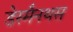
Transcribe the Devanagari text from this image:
डेस्मैनथस